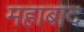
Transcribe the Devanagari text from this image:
महाबाद